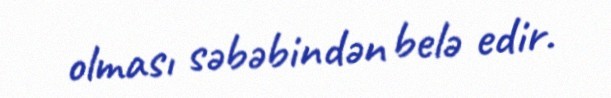
olması səbəbindən belə edir.